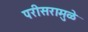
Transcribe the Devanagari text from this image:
परीसरामुळे